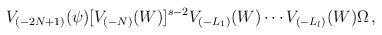
LaTeX: \begin{align*}V_{(-2N+1)}(\psi) [V_{(-N)}(W)]^{s-2} V_{(-L_1)}(W) \cdots V_{(-L_l)}(W) \Omega\,,\end{align*}